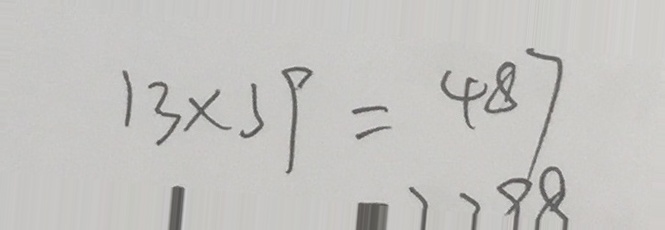
1 3 \times 3 9 = 4 8 7